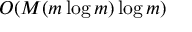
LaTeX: O ( M ( m \log m ) \log m )